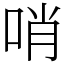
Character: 哨